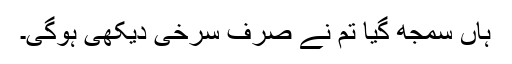
ہاں سمجھ گیا تم نے صرف سرخی دیکھی ہوگی۔